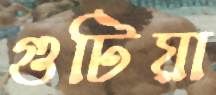
গুটিয়া